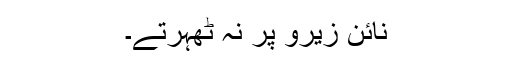
نائن زیرو پر نہ ٹھہرتے۔